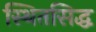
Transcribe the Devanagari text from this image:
स्थितसिद्ध